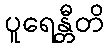
ပူရေန္တီတိ